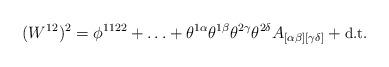
LaTeX: \begin{align*} (W^{12})^2 = \phi^{1122} + \ldots + \theta^{1\alpha}\theta^{1\beta}\theta^{2\gamma}\theta^{2\delta} A_{[\alpha\beta][\gamma\delta]} + \mbox{\small d.t.}\end{align*}